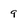
Character: 9